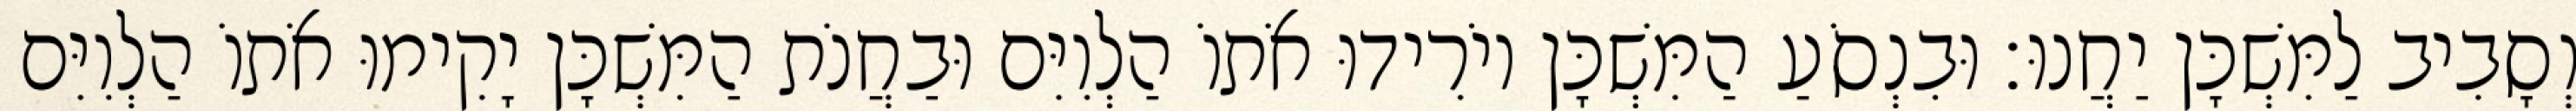
וְסָבִיב לַמִּשְׁכָּן יַחֲנוּ׃ וּבִנְסֹעַ הַמִּשְׁכָּן יוֹרִידוּ אֹתוֹ הַלְוִיִּם וּבַחֲנֹת הַמִּשְׁכָּן יָקִימוּ אֹתוֹ הַלְוִיִּם